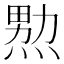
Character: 𱫤